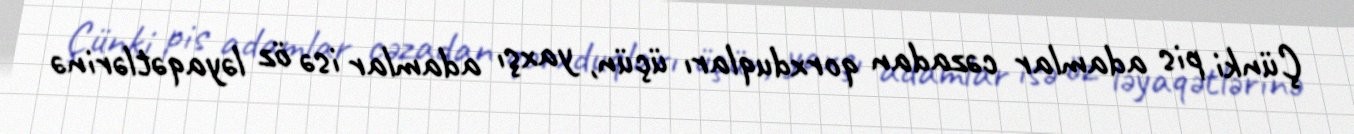
Çünki pis adamlar cəzadan qorxduqları üçün, yaxşı adamlar isə öz ləyaqətlərinə